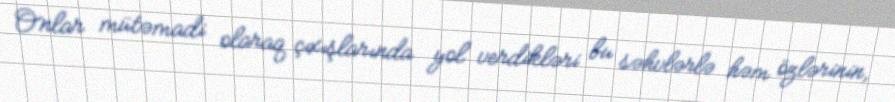
Onlar mütəmadi olaraq çıxışlarında yol verdikləri bu səhvlərlə həm özlərinin,